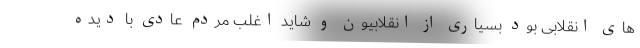
های انقلابی بود بسیاری از انقلابیون و شاید اغلب مردم عادی با دیده